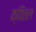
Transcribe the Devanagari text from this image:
क्विंतल